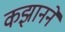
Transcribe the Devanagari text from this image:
कझानने